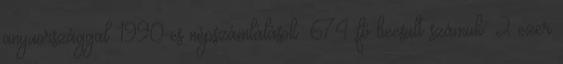
anyaországgal 1990-es népszámlálások: 674 fő becsült számuk: 2 ezer